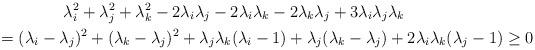
LaTeX: \begin{gather*} \lambda_i^2+\lambda_j^2+\lambda_k^2-2\lambda_i\lambda_j-2\lambda_i\lambda_k-2\lambda_k\lambda_j+3\lambda_i \lambda_j\lambda_k \\\qquad{} = (\lambda_i-\lambda_j)^2+(\lambda_k-\lambda_j)^2+\lambda_j\lambda_k(\lambda_i-1)+\lambda_j (\lambda_k-\lambda_j)+2\lambda_i\lambda_k(\lambda_j-1) \geq 0\end{gather*}